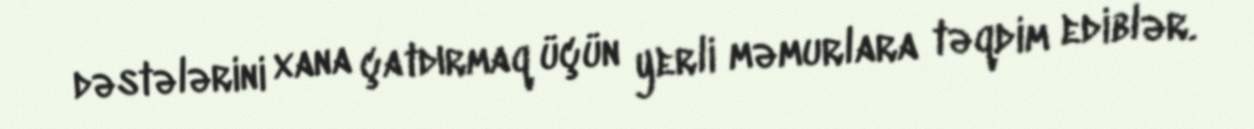
dəstələrini xana çatdırmaq üçün yerli məmurlara təqdim ediblər.